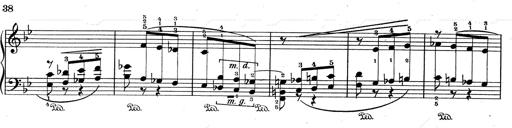
Title: RÃ©miniscences de Don Juan
Composer: Franz Liszt